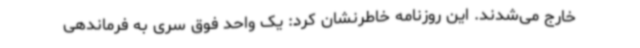
خارج می‌شدند. این روزنامه خاطرنشان کرد: یک واحد فوق سری به فرماندهی